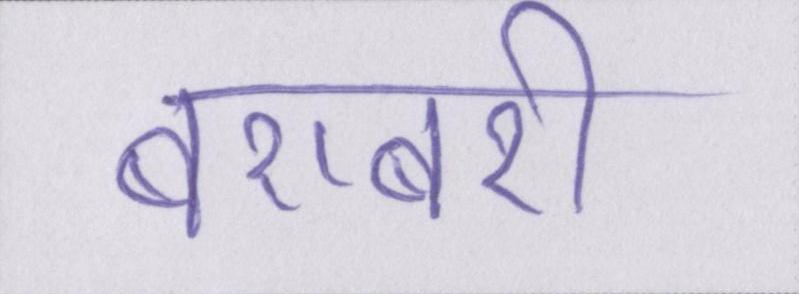
बराबरी